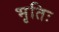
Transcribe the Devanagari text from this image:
भृतिः